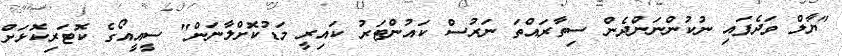
"ޔާލް ވަދެފައި ނުކުންނަންދެން ސިތާރައްތަ ނަރުސް ކައުންޓަރު ކައިރީ މަޑުކޮށްލާނަން" ސީއީއޯގެ ކޮޓަރިކޮޅަށް